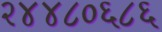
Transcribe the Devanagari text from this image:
२४४८०६८६